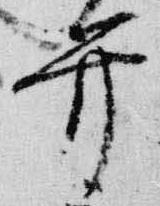
弁